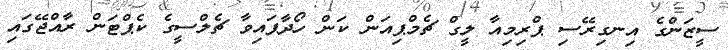
ސީޒަންގެ އިނގިރޭސި ޕްރިމިއާ ލީގް ޗެމްޕިއަން ކަން ހޯދާފައިވާ ޗެލްސީގެ ކެޕްޓަން ރާއްޖޭގައި